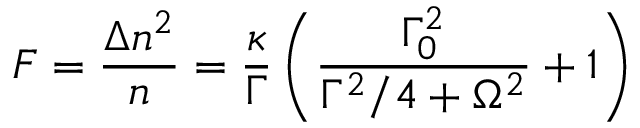
F = \frac { \Delta n ^ { 2 } } { n } = \frac { \kappa } { \Gamma } \left( \frac { \Gamma _ { 0 } ^ { 2 } } { \Gamma ^ { 2 } / 4 + \Omega ^ { 2 } } + 1 \right)